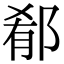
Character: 郩